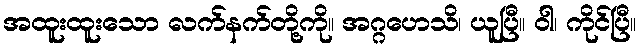
အထူးထူးသော လက်နက်တို့ကို။ အဂ္ဂဟေသိ၊ ယူပြီ။ ဝါ၊ ကိုင်ပြီ။